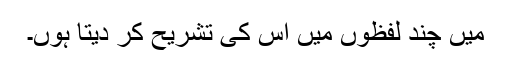
میں چند لفظوں میں اس کی تشریح کر دیتا ہوں۔